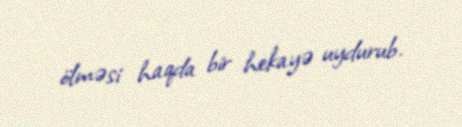
ölməsi haqda bir hekayə uydurub.